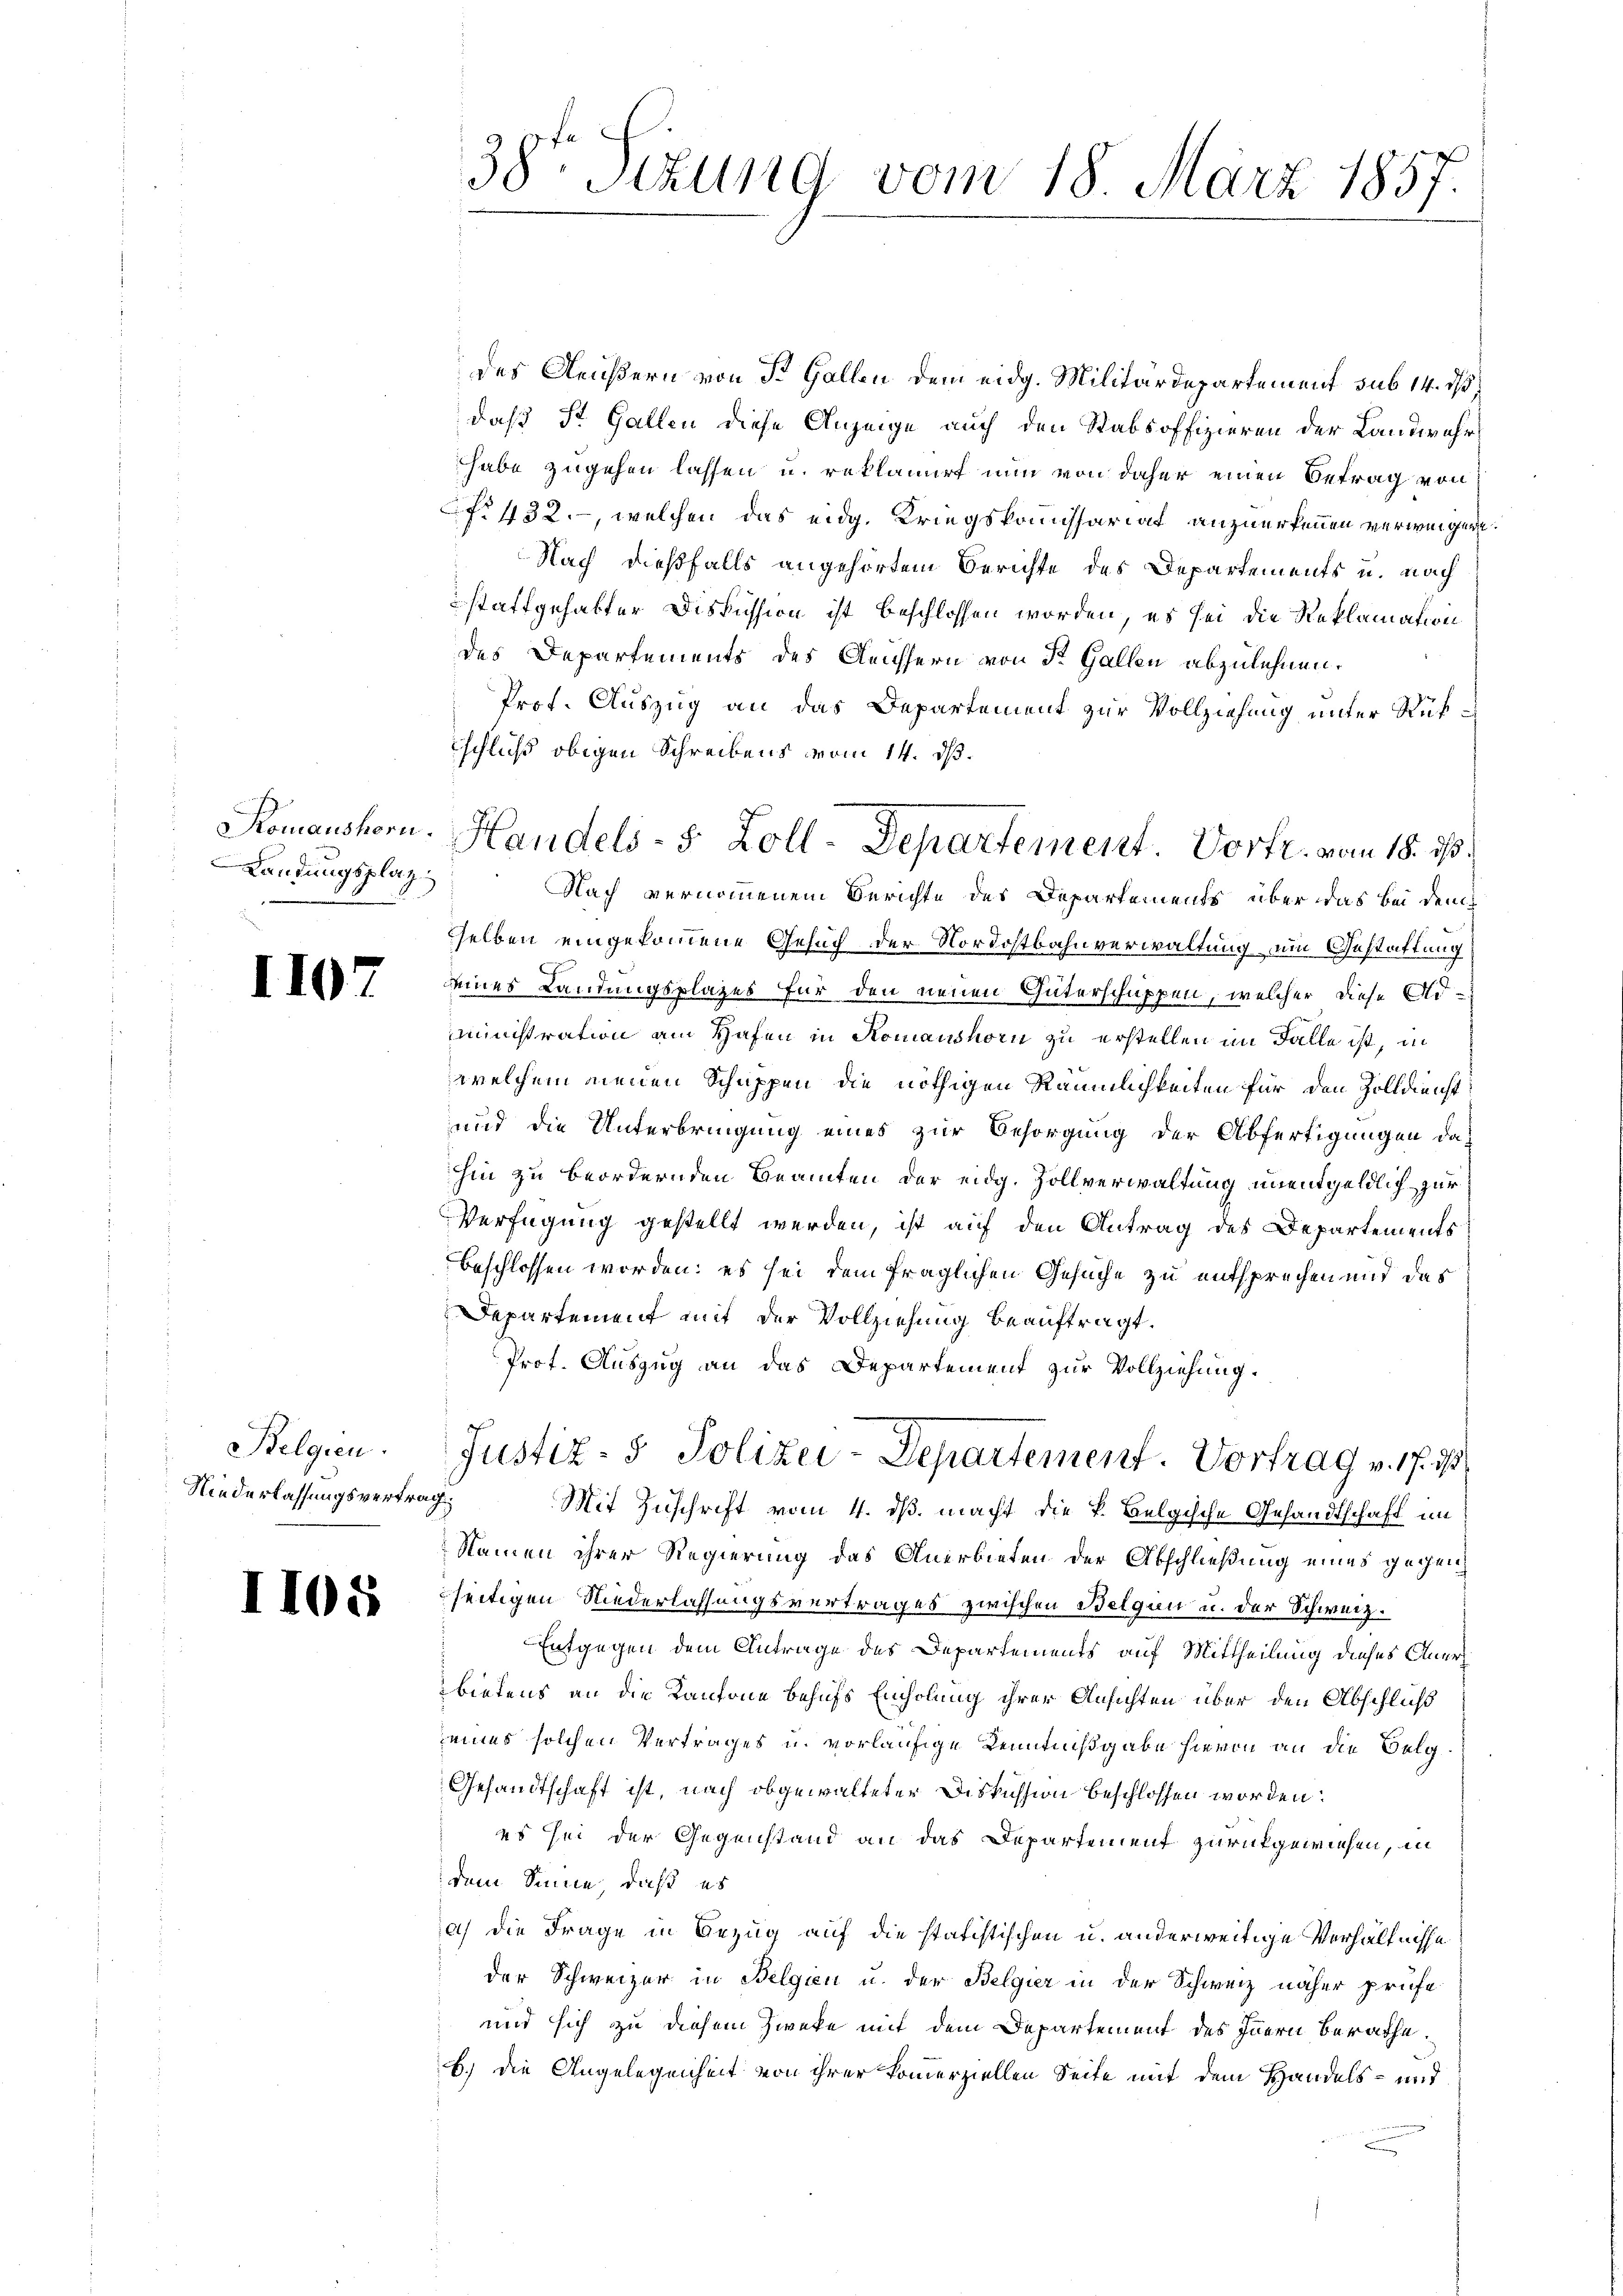
Landungsplatz.

I107

Belgien.
Niederlassungsvertrag

1105

38te Sizung vom 18. März 1857.

schluß obigen Schreibens vom 14. ds.
Komanshorn. Handels- 5 Zoll-Departement. Vortr. vom 18. ds.

des Aeußern von der Gallen dem eidg. Militärdepartement sub 14. ds.
daß St. Gallen diese Anzeige auch den Stabsoffizieren der Landwehr
habe zugehen lassen u. reklamiert nun von daher einen Betrag von
f. 432., welchen das eidg. Kriegskomissariat anzuerkennen verweigene
Nach dießfalls angehörtem Berichte des Departements u. nach
stattgehabter Diskussion ist beschlossen worden, es sei die Reklamation
des Departements des Gleichern von St. Gallen abzulehnen.
Prot. Auszug an das Departement zur Vollziehung unter Rük¬
Nach vernommenem Berichte des Departements über das bei dem
selben eingekommene Gesuch der Nordostbahnverwaltung um Gestattung
seines Landungsplazes für den neuen Güterschuppen, welcher diese Arministration am Hafen in Romanshorn zu erstellen im Falle ist, in
welchem neuen Schuppen die nöthigen Räumlichkeiten für den Zolldienst
und die Unterbringung eines zur Besorgung der Abfertigungen da-
hin zu beordernden Beamten der eidg. Zollverwaltung unentgeldlich zur
Verfügung gestellt werden, ist auf den Antrag des Departements
beschlossen worden; es sei dem fraglichen Gesuche zu entsprechen und das
Departement mit der Vollziehung beauftragt.
Prot. Auszug an das Departement zur Vollziehung.
Justiz- & Polizei-Departement. Vortrag v. 17. ds
Mit Zuschrift vom 4. ds. macht die k. Belgische Gesandtschaft im
Namen ihrer Regierung das Anerbieten der Abschließung eines gegenseitigen Niederlassungsvertrages zwischen Belgen u. der Schweiz.
Entgegen dem Antrage des Departements auf Mittheilung dieses Anerbietens an die Kantone behufs Einholung ihrer Ansichten über den Abschluß
eines solchen Vertrages u. vorläufige Kenntnißgabe hievon an die Belg¬
Gesandtschaft ist, nach obgewalteter Diskussion beschlossen worden:
es sei der Gegenstand an das Departement zurückgewiesen, in
dem Sinne, daß es
a) die Frage in Bezug auf die statistischen u. anderweitige Verhältnisse
der Schweizer in Belgien u. der Belgier in der Schweiz näher prüfe
und sich zu diesem Zwecke mit dem Departement des Innern berathe.
b.) die Angelegenheit von ihrer kommerziellen Seite mit dem Handels- und